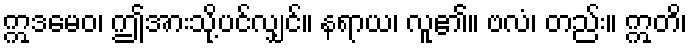
ဣဒမေဝ၊ ဤအားသို့ပင်လျှင်။ နရာယ၊ လူ၏။ ဗလံ၊ တည်း။ ဣတိ၊